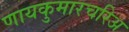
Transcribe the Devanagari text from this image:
णायकुमारचरिअ